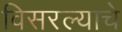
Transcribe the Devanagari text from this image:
विसरल्याचे